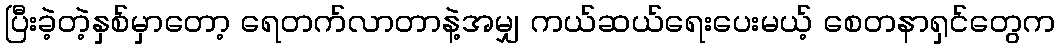
ပြီးခဲ့တဲ့နှစ်မှာတော့ ရေတက်လာတာနဲ့အမျှ ကယ်ဆယ်ရေးပေးမယ့် စေတနာရှင်တွေက